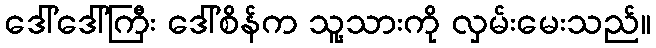
ဒေါ်ဒေါ်ကြီး ဒေါ်စိန်က သူ့သားကို လှမ်းမေးသည်။